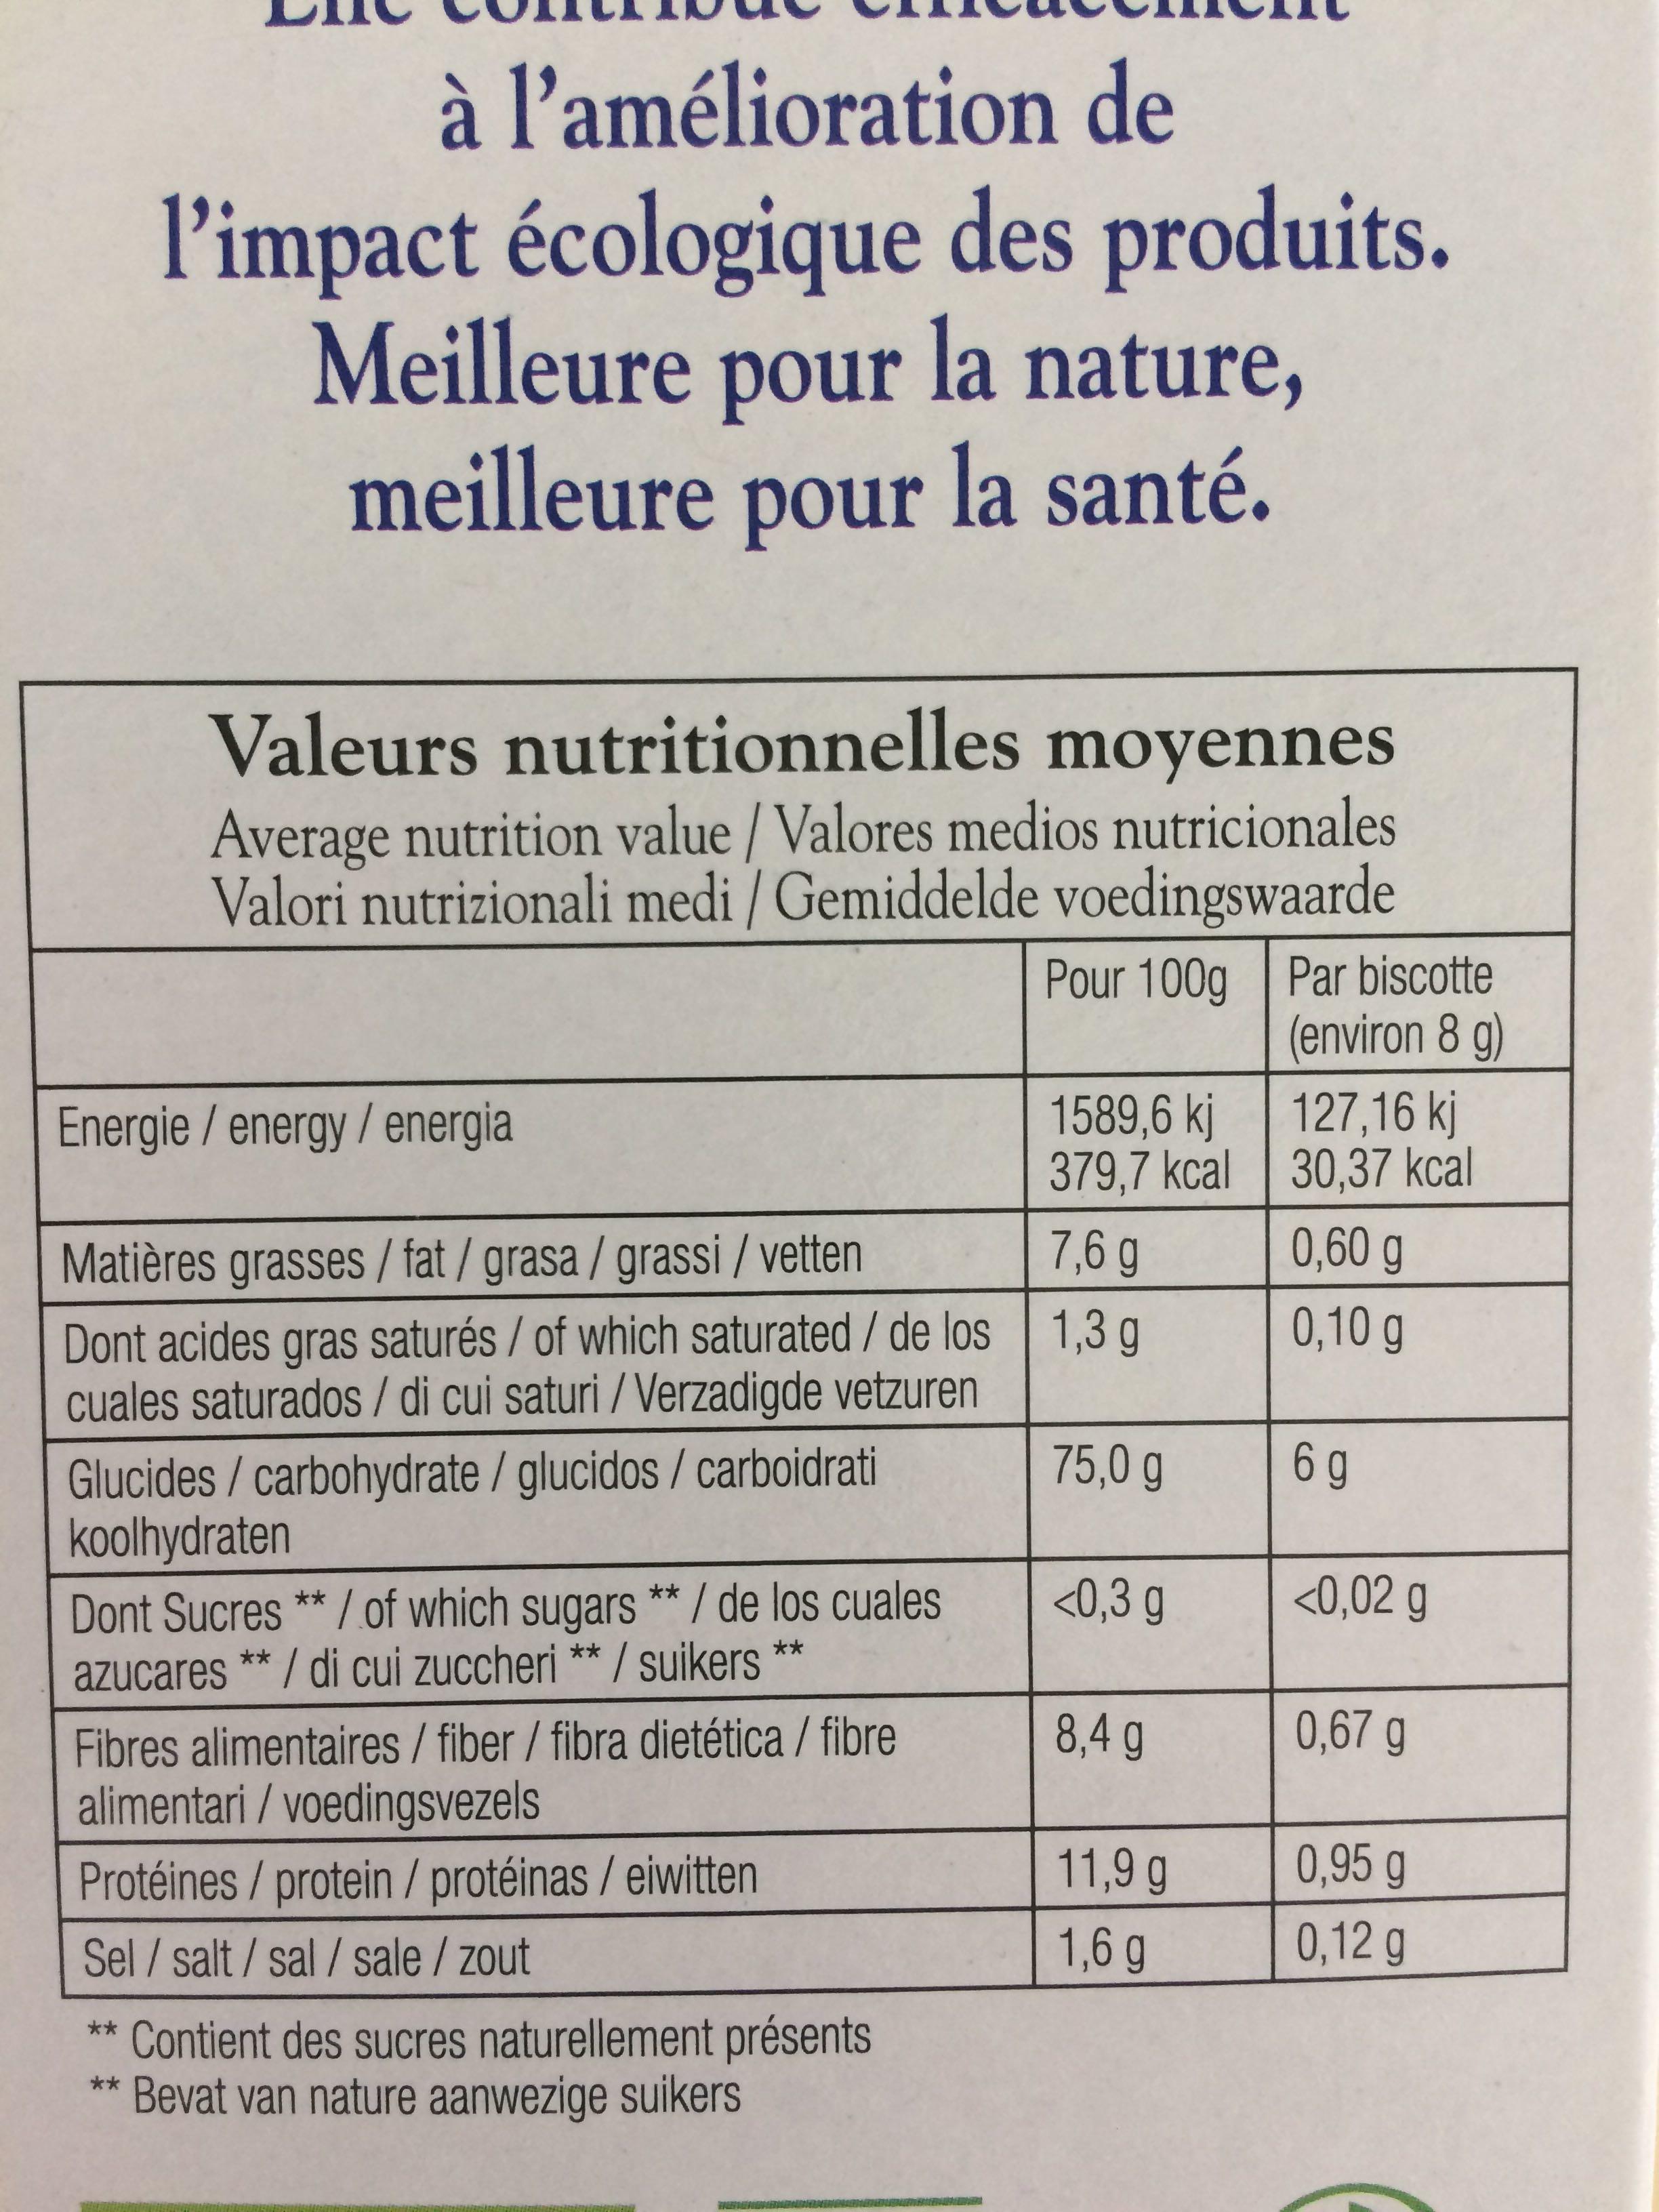
à l'amélioration de l'impact écologique des produits. Meilleure pour la nature, meilleure pour la santé.
Valeurs nutritionnelles moyennes Average nutrition value / Valores medios nutricionales Valori nutrizionali medi / Gemiddelde voedingswaarde
Energie/energy/ energia
Matières grasses/fat/ grasa/ grassi/ vetten
Dont acides gras saturés / of which saturated / de los cuales saturados / di cui saturi/Verzadigde vetzuren Glucides / carbohydrate / glucidos / carboidrati koolhydraten
Dont Sucres **/ of which sugars **/ de los cuales azucares **/ di cui zuccheri **/ suikers **
Fibres alimentaires / fiber / fibra dietética / fibre alimentari /voedingsvezels
Protéines / protein / protéinas/ eiwitten
Sel/salt/sal/sale/zout
**
Contient des sucres naturellement présents
** Bevat van nature aanwezige suikers
HEMMA
WEN
Pour 100g Par biscotte
(environ 8 g)
1589,6 kj
379,7 kcal
7,6 g
1,3 g
75,0 g
<0,3 g
8,4 g
11,9 g
1,6 g
127,16 kj
30,37 kcal
0,60 g
0,10 g
6g
<0,02 g
0,67 g
0,95 g
0,12 g